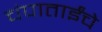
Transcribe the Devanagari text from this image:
चंपाताईंचे